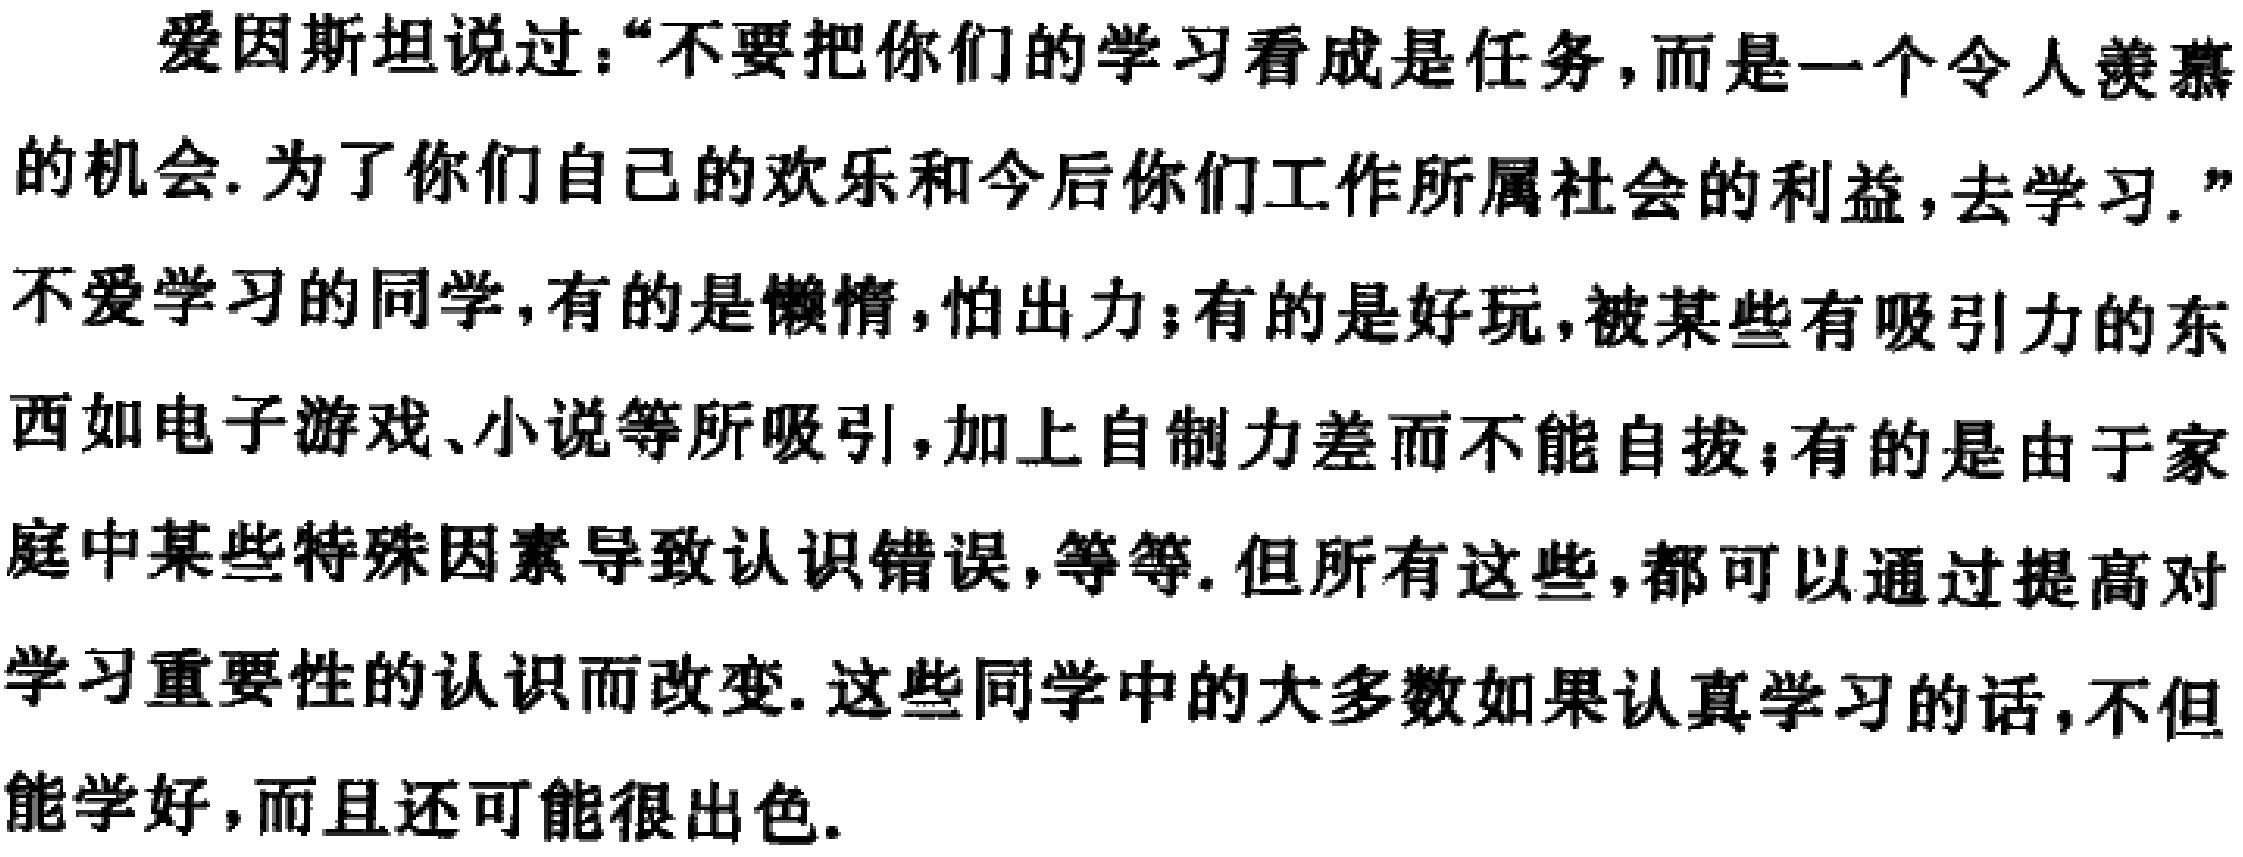
爱因斯坦说过：“不要把你们的学习看成是任务，而是一个令人羡慕的机会. 为了你们自己的欢乐和今后你们工作所属社会的利益，去学习.” 不爱学习的同学，有的是懒惰，怕出力；有的是好玩，被某些有吸引力的东西如电子游戏、小说等所吸引，加上自制力差而不能自拔；有的是由于家庭中某些特殊因素导致认识错误，等等. 但所有这些，都可以通过提高对学习重要性的认识而改变. 这些同学中的大多数如果认真学习的话，不但能学好，而且还可能很出色.